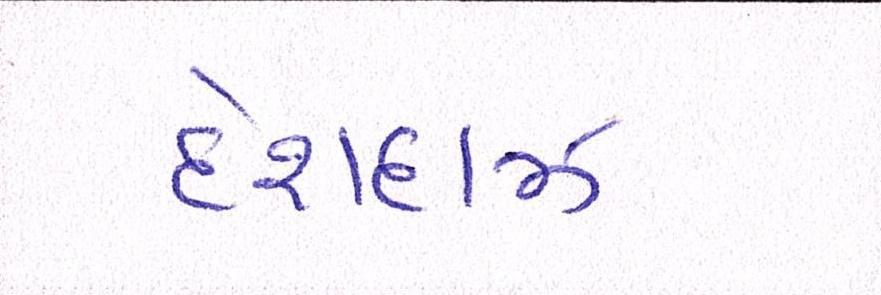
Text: દેશદાઝ